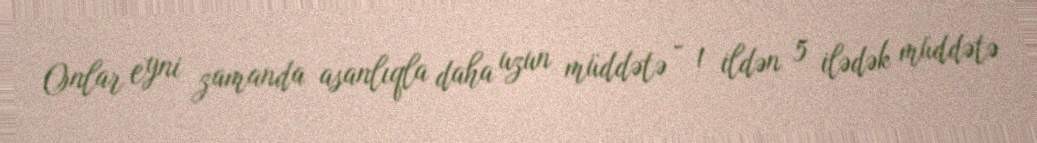
Onlar eyni zamanda asanlıqla daha uzun müddətə - 1 ildən 5 ilədək müddətə